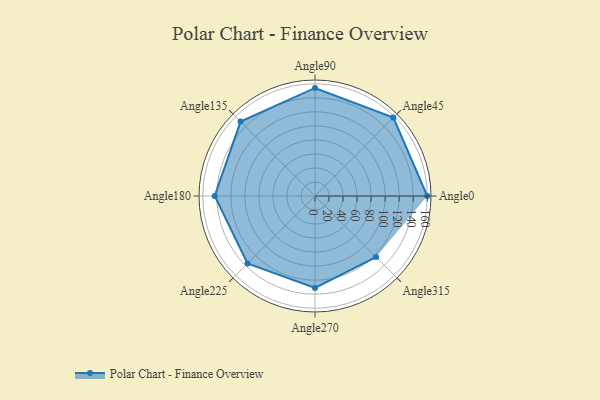
{"axis": {"x": "Angle", "y": "Radius"}, "legend": [""], "data": [{"x": "Angle0", "y": 160.0, "type": ""}, {"x": "Angle45", "y": 158.0, "type": ""}, {"x": "Angle90", "y": 154.0, "type": ""}, {"x": "Angle135", "y": 150.0, "type": ""}, {"x": "Angle180", "y": 143.0, "type": ""}, {"x": "Angle225", "y": 136.0, "type": ""}, {"x": "Angle270", "y": 131.0, "type": ""}, {"x": "Angle315", "y": 123.0, "type": ""}]}